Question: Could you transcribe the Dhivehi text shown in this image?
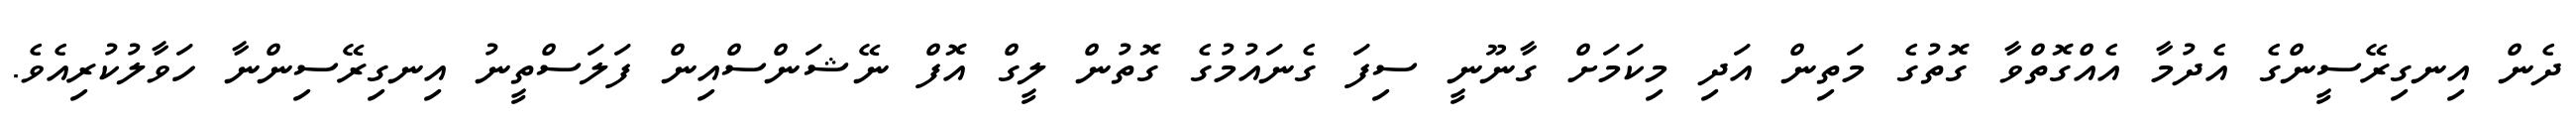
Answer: ދެން އިނގިރޭސީންގެ އެދުމާ އެއްގޮތްވާ ގޮތުގެ މަތިން އަދި މިކަމަށް ގާނޫނީ ސިފަ ގެނައުމުގެ ގޮތުން ލީގް އޮފް ނޭޝަންސްއިން ފަލަސްތީނު އިނގިރޭސިންނާ ހަވާލުކުރިއެވެ.